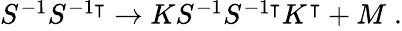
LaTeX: \begin{array}{r}{S^{-1}S^{-1\intercal}\rightarrow KS^{-1}S^{-1\intercal}K^{\intercal}+M\; .}\end{array}